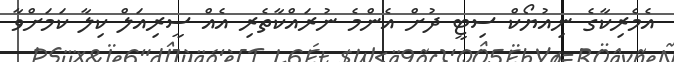
އެމެރިކާގެ ނިއުޔޯކް ސިޓީ ދުށް އެންމެ ނުރައްކާތެރި އެއް ސީރިއަލް ކިލާ ކަމަށްވާ